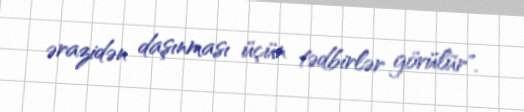
ərazidən daşınması üçün tədbirlər görülür".